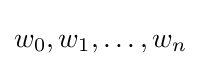
w_{0},w_{1},\ldots ,w_{n}